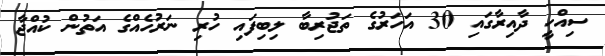
ސިއްހީ ދާއިރާގައި 30 އަހަރުގެ ތަޖުރިބާ ލިބިފައި ހުރި ނަރުހެއްގެ އަތުން ކުއްޖާ